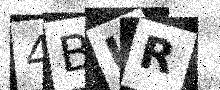
Text: 4BUR